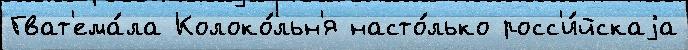
Гват'ема́ла Колоко́льн'я насто́лько росс'и́йскаjа